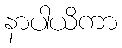
နာပါယိကာ